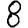
Digit: 8